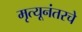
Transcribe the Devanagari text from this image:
मृत्यूनंतरचे